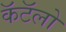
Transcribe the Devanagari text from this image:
कॅटॅलो